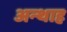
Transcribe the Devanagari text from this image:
अन्‍थाह